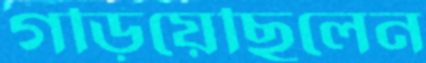
গড়িয়েছিলেন